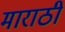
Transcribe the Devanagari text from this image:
माराठी